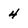
Character: 4